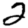
Digit: 2